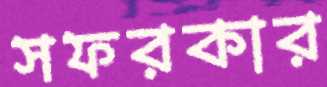
সফরকার